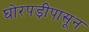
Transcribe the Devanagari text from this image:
घोरपड़ीपासून